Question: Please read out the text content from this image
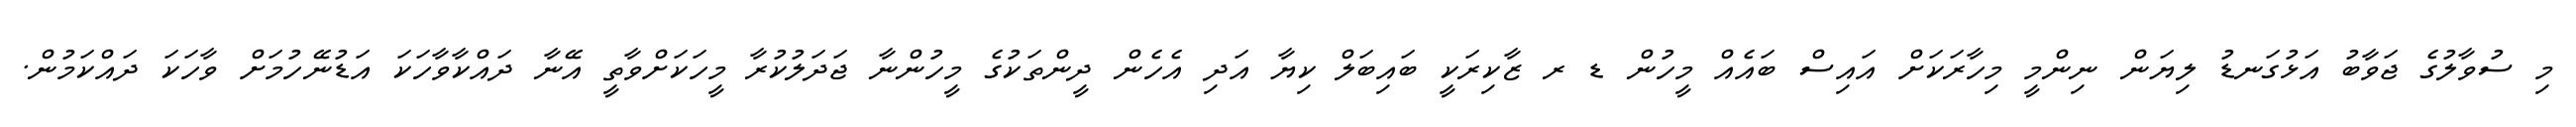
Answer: މި ސުވާލުގެ ޖަވާބު އަޅުގަނޑު ލިޔަން ނިންމީ މިހާރަކަށް އައިސް ބައެއް މީހުން ޑ ރ ޒާކިރަކީ ބައިބަލް ކިޔާ އަދި އެހެން ދީންތަކުގެ މީހުންނާ ޖަދަލުކުރާ މީހަކަށްވާތީ އޭނާ ދައްކާވާހަކަ އަޑުނޭހުމަށް ވާހަކަ ދައްކަމުން.